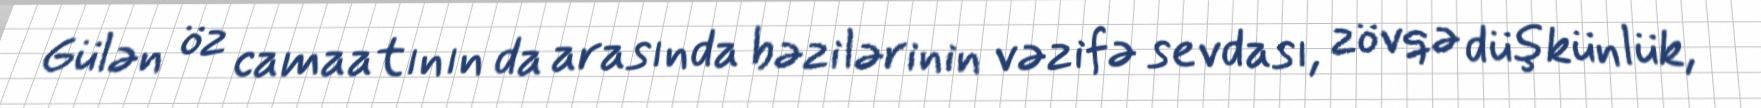
Gülən öz camaatının da arasında bəzilərinin vəzifə sevdası, zövqə düşkünlük,